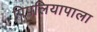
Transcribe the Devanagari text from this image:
पिपलियापाला